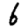
Digit: 6